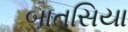
બાતસિયા